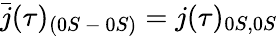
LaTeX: \bar{j}(\tau)_{(0S\mathrm{~-~}0S)}=j(\tau)_{0S,0S}